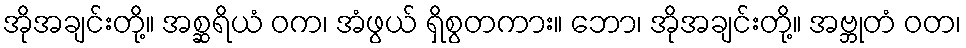
အိုအချင်းတို့။ အစ္ဆရိယံ ဝက၊ အံဖွယ် ရှိစွတကား။ ဘော၊ အိုအချင်းတို့။ အဗ္ဘုတံ ဝတ၊